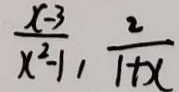
\frac { x - 3 } { x ^ { 2 } - 1 } , \frac { 2 } { 1 + x }